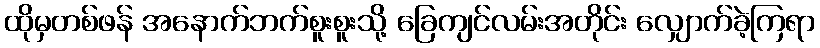
ထိုမှတစ်ဖန် အနောက်ဘက်စူးစူးသို့ ခြေကျင်လမ်းအတိုင်း လျှောက်ခဲ့ကြရာ